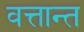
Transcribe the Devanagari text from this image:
वत्तान्त